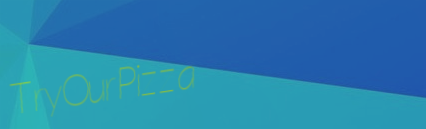
TryOurPizza